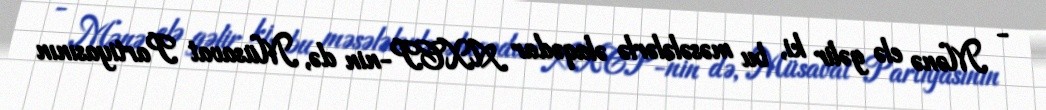
- Mənə elə gəlir ki, bu məsələlərlə əlaqədar AXCP-nin də, Müsavat Partiyasının